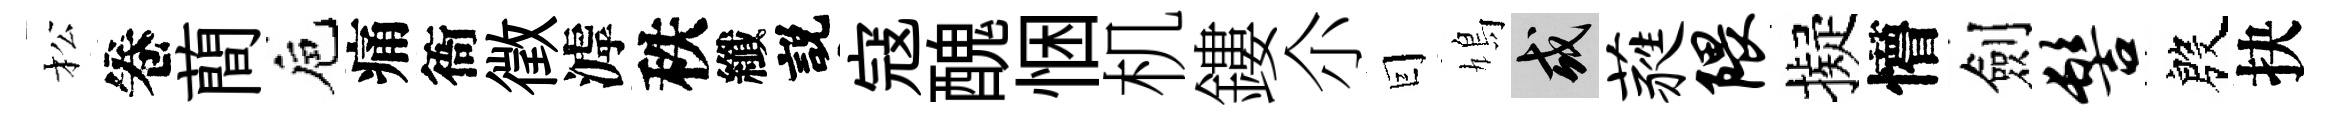
松卷蕳巵痛衙徵滹秩纖説寇醜悃机鏤尒囙鳩或蕤隈擬懵劍髻殷抉